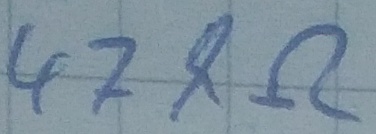
Text: 47kΩ